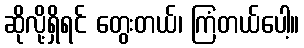
ဆိုလို့ရှိရင် တွေးတယ်၊ ကြံတယ်ပေါ့။